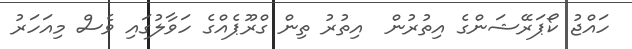
ހައްޖު ކޯޕަރޭޝަންގެ އިތުރުން  އިތުރު ތިން ގްރޫޕެއްގެ ހަވާލުގައި ވެސް މިއަހަރު